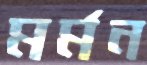
মর্মন